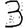
Digit: 3